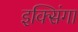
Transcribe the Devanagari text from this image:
इक्सिंगा